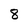
Character: 8